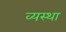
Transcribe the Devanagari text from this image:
व्‍यस्‍था